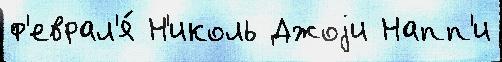
ф'еврал'я́ Н'иколь Джоjи Напп'и